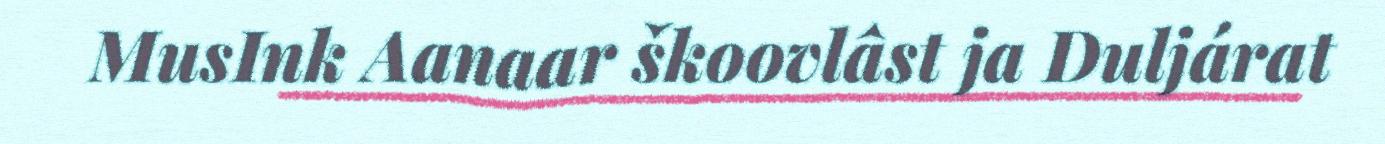
MusInk Aanaar škoovlâst ja Duljárat